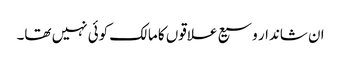
ان شاندار وسیع علاقوں کا مالک کوئی نہیں تھا۔